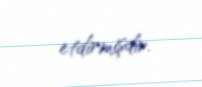
etdirmişdir.